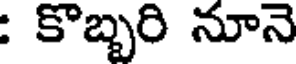
: కొబ్బరి నూనె